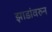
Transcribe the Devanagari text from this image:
झाडांवरुन